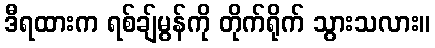
ဒီရထားက ရစ်ချ်မွန်ကို တိုက်ရိုက် သွားသလား။